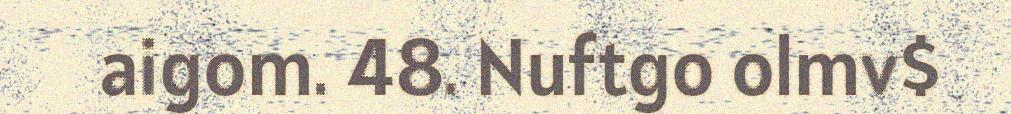
aigom. 48. Nuftgo olmv$